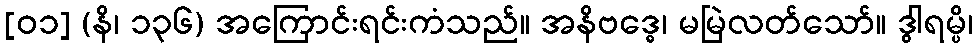
[၀၁] (နိ၊ ၁၃၆) အကြောင်းရင်းကံသည်။ အနိဗဒ္ဓေ၊ မမြဲလတ်သော်။ ဒွါရမ္ပိ၊